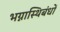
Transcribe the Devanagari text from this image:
भग्नास्थिबंधों